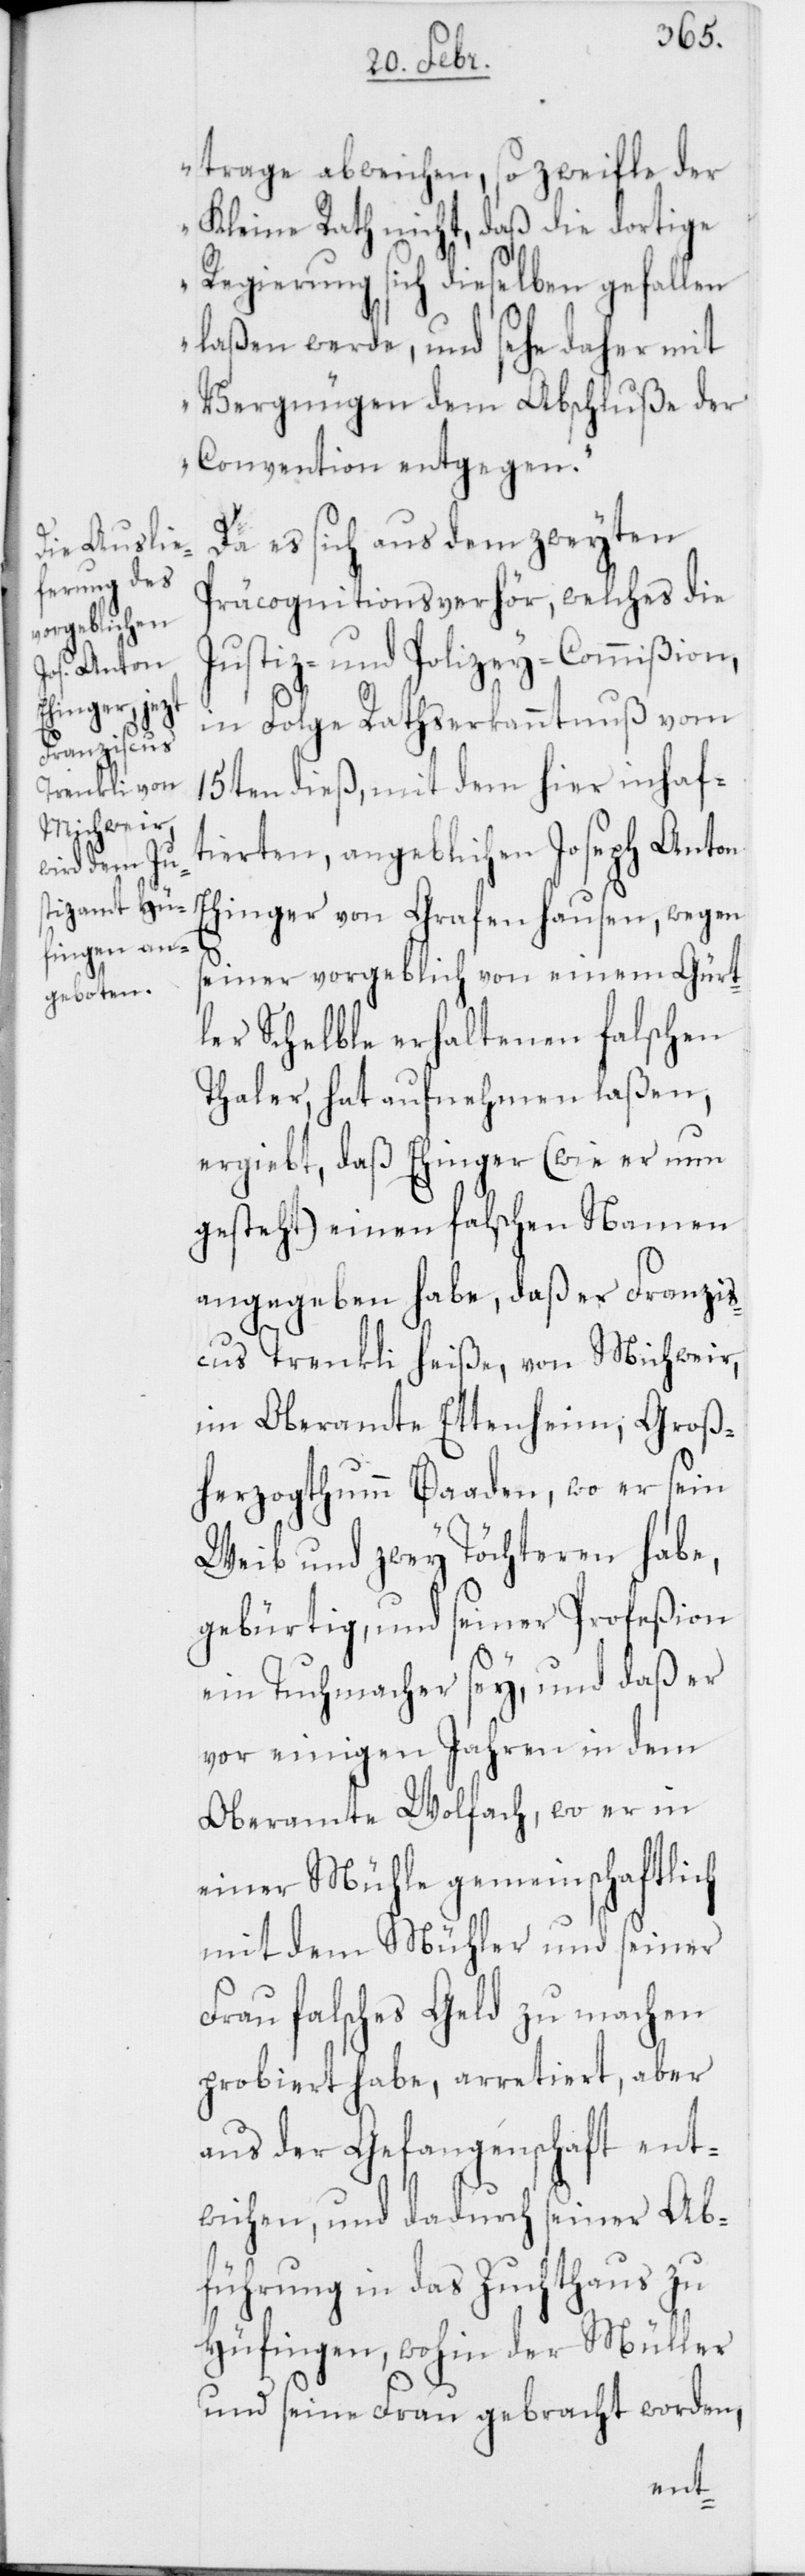
trage abweichen, so zweifle der
Kleine Rath nicht, daß die dortige
Regierung sich dieselben gefallen
laßen werde, und sehe daher mit
Vergnügen dem Abschluße der
Convention entgegen.“
Da es sich aus dem zweyten
Präcognitionsverhör, welches die
Justiz- und Polizey-Commißion,
in Folge Rathserkanntnuß vom
15ten dieß, mit dem hier inhaf¬
tierten, angeblichen Joseph Anton
Ehinger von Grafenhausen, wegen
seiner vorgeblich von einem Gürt¬
ler Schelble erhaltenen falschen
Thaler, hat aufnehmen laßen,
ergiebt, daß Ehinger (wie er nun
gesteht) einen falschen Namen
angegeben habe, daß er Franzis¬
cus Trenkli heiße, von Michweir,
im Oberamte Ettenheim, Groß¬
herzogthumm Baaden, wo er sein
Weib und zwey Töchteren habe,
gebürtig, und seiner Profeßion
ein Tuchmacher sey, und daß er
vor einigen Jahren in dem
Oberamte Wolfach, wo er in
einer Mühle gemeinschaftlich
mit dem Mühler und seiner
Frau falsches Geld zu machen
probiert habe, arretiert, aber
aus der Gefangenschaft ent¬
wichen, und dadurch seiner Ab¬
führung in das Zuchthaus zu
Hüfingen, wohin der Müller
und seine Frau gebracht worden,